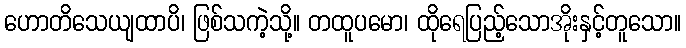
ဟောတိသေယျထာပိ၊ ဖြစ်သကဲ့သို့။ တထူပမော၊ ထိုရေပြည့်သောအိုးနှင့်တူသော။